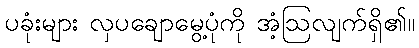
ပခုံးများ လှပချောမွေ့ပုံကို အံ့ဩလျက်ရှိ၏။